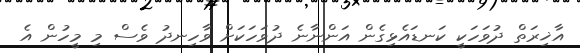
އާޚިރަތް ދުވަހަކީ ކަނޑައެޅިގެން އަންނާނެ ދުވަހަކަށް ވާހިނދު ވެސް މި މީހުން އެ